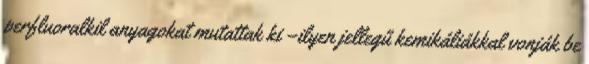
perfluoralkil anyagokat mutattak ki –ilyen jellegű kemikáliákkal vonják be